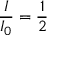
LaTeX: { \frac { I } { I _ { 0 } } } = { \frac { 1 } { 2 } } \quad